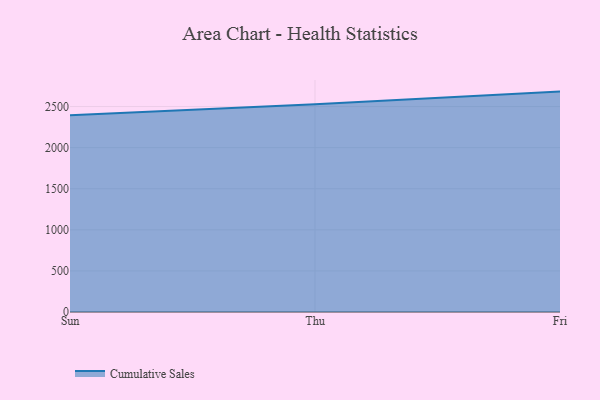
{"axis": {"x": "Day", "y": "LTV (USD)"}, "legend": ["Cumulative Sales"], "data": [{"x": "Sun", "y": 2395.8, "type": "Cumulative Sales"}, {"x": "Thu", "y": 2529.6, "type": "Cumulative Sales"}, {"x": "Fri", "y": 2682.1, "type": "Cumulative Sales"}]}